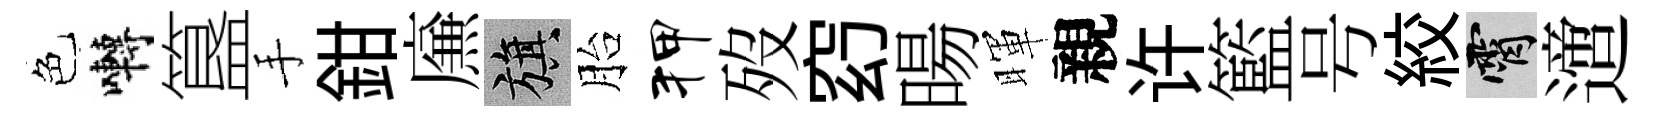
色囀簋手鉗㢘旗胎狎歿𥥆暘暉親许籃号絞霄𨗁